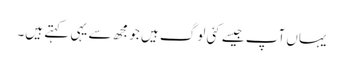
یہاں آپ جیسے کئی لوگ ہیں جو مجھ سے یہی کہتے ہیں۔